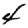
Digit: 4